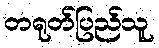
တရုတ်ပြည်သူ